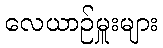
လေယာဉ်မှူးများ